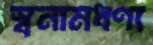
স্বনামধণ্য